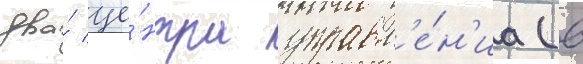
два́ це́нтра управл'е́н'иа (в